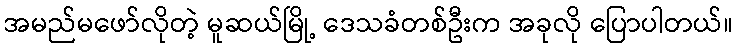
အမည်မဖော်လိုတဲ့ မူဆယ်မြို့ ဒေသခံတစ်ဦးက အခုလို ပြောပါတယ်။